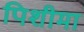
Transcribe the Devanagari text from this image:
पिशीमा